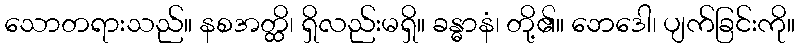
သောတရားသည်။ နစအတ္ထိ၊ ရှိလည်းမရှိ။ ခန္ဓာနံ၊ တို့၏။ ဘေဒေါ၊ ပျက်ခြင်းကို။